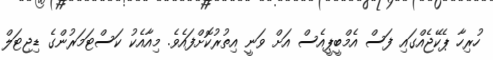
ހުރިހާ ޕެކޭޖެއްގައި ފަސް އެމްބީޕީއެސް އަށް ވަނީ އިތުރުކޮށްފައެވެ. މިއާއެކު ކަސްޓަމަރުންގެ ޑިޖިޓަލް